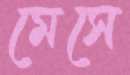
মেসে